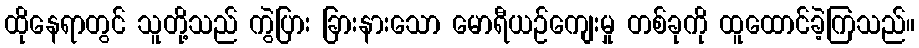
ထိုနေရာတွင် သူတို့သည် ကွဲပြား ခြားနားသော မောရီယဉ်ကျေးမှု တစ်ခုကို ထူထောင်ခဲ့ကြသည်။